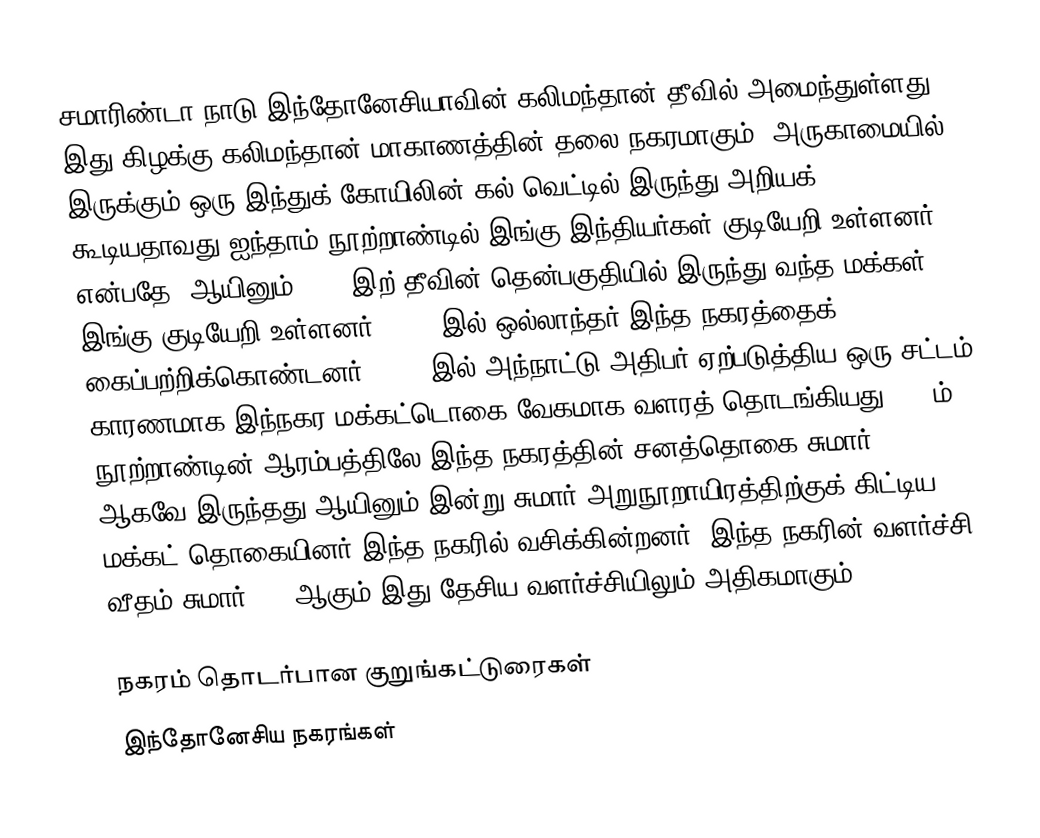
சமாரிண்டா நாடு இந்தோனேசியாவின் கலிமந்தான் தீவில் அமைந்துள்ளது . இது கிழக்கு கலிமந்தான் மாகாணத்தின் தலை நகரமாகும். அருகாமையில் இருக்கும் ஒரு இந்துக் கோயிலின் கல் வெட்டில் இருந்து அறியக் கூடியதாவது ஐந்தாம் நூற்றாண்டில் இங்கு இந்தியர்கள் குடியேறி உள்ளனர் என்பதே. ஆயினும் 1668 இற் தீவின் தென்பகுதியில் இருந்து வந்த மக்கள் இங்கு குடியேறி உள்ளனர். 1846 இல் ஒல்லாந்தர் இந்த நகரத்தைக் கைப்பற்றிக்கொண்டனர். 1959 இல் அந்நாட்டு அதிபர் ஏற்படுத்திய ஒரு சட்டம் காரணமாக இந்நகர மக்கட்டொகை வேகமாக வளரத் தொடங்கியது. 20 ம் நூற்றாண்டின் ஆரம்பத்திலே இந்த நகரத்தின் சனத்தொகை சுமார் 5000 ஆகவே இருந்தது ஆயினும் இன்று சுமார் அறுநூறாயிரத்திற்குக் கிட்டிய மக்கட் தொகையினர் இந்த நகரில் வசிக்கின்றனர். இந்த நகரின் வளர்ச்சி வீதம் சுமார் 4.4 ஆகும் இது தேசிய வளர்ச்சியிலும் அதிகமாகும்.

நகரம் தொடர்பான குறுங்கட்டுரைகள்
இந்தோனேசிய நகரங்கள்